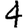
Digit: 4